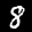
Label: 8